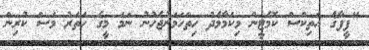
"ފީފާގެ އެތިކްސް ކޮމެޓީން މިކަމާމެދު ހިތްހަމަނުޖެހުނު ނަމަ މީގެ ހަތަރު މަސް ކުރިން